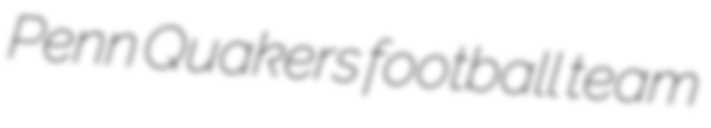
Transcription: Penn Quakers football team